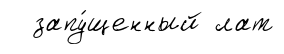
запу́щенный лат